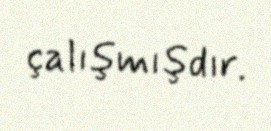
çalışmışdır.